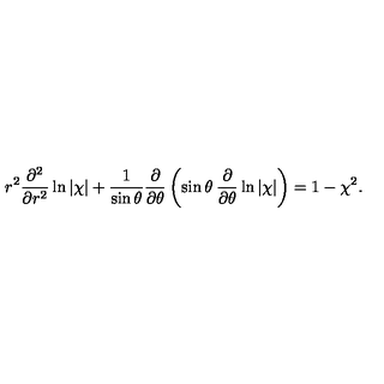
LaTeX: r ^ { 2 } \frac { \partial ^ { 2 } } { \partial r ^ { 2 } } \ln | \chi | + \frac { 1 } { \sin \theta } \frac { \partial } { \partial \theta } \left( \sin \theta \: \frac { \partial } { \partial \theta } \ln | \chi | \right) = 1 - \chi ^ { 2 } .